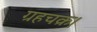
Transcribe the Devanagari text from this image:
ग्रहचक्र।